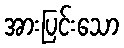
အားပြင်းသော